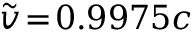
\widetilde { v } \! = \! 0 . 9 9 7 5 c